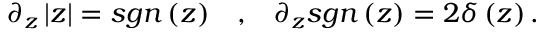
\partial _ { z } \left| z \right| = s g n \left( z \right) \; \; \; , \; \; \; \partial _ { z } s g n \left( z \right) = 2 \delta \left( z \right) .